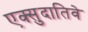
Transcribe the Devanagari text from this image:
एक्सुदातिवे